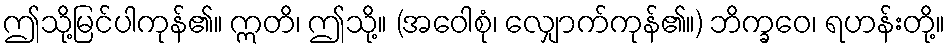
ဤသို့မြင်ပါကုန်၏။ ဣတိ၊ ဤသို့။ (အဝေါစုံ၊ လျှောက်ကုန်၏။) ဘိက္ခဝေ၊ ရဟန်းတို့။